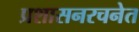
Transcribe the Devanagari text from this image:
प्रशासनरचनेत